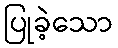
ပြုခဲ့သော